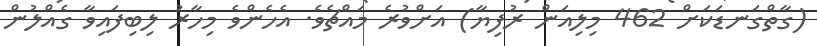
(ގާތްގަނޑަކަށް 462 މިލިއަން ރުފިޔާ) އަށްވުރެ މައްޗެވެ. އެހެންވެ މިހާރު ލިބިފައިވާ ގެއްލުން